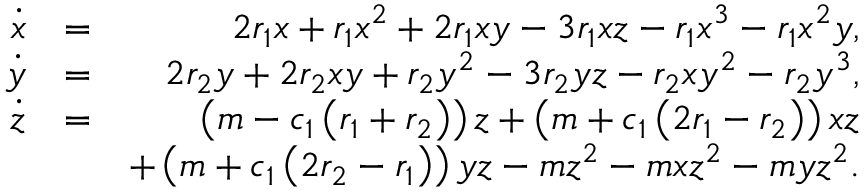
\begin{array} { r l r } { \dot { x } } & { = } & { 2 r _ { 1 } x + r _ { 1 } x ^ { 2 } + 2 r _ { 1 } x y - 3 r _ { 1 } x z - r _ { 1 } x ^ { 3 } - r _ { 1 } x ^ { 2 } y , } \\ { \dot { y } } & { = } & { 2 r _ { 2 } y + 2 r _ { 2 } x y + r _ { 2 } y ^ { 2 } - 3 r _ { 2 } y z - r _ { 2 } x y ^ { 2 } - r _ { 2 } y ^ { 3 } , } \\ { \dot { z } } & { = } & { \left( m - c _ { 1 } \left( r _ { 1 } + r _ { 2 } \right) \right) z + \left( m + c _ { 1 } \left( 2 r _ { 1 } - r _ { 2 } \right) \right) x z } \\ & { } & { + \left( m + c _ { 1 } \left( 2 r _ { 2 } - r _ { 1 } \right) \right) y z - m z ^ { 2 } - m x z ^ { 2 } - m y z ^ { 2 } . } \end{array}